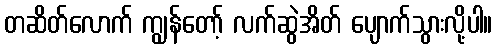
တဆိတ်လောက် ကျွန်တော့် လက်ဆွဲအိတ် ပျောက်သွားလို့ပါ။